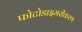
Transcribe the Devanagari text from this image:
फोटोडाइमरीकरण